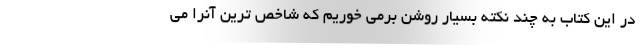
در این کتاب به چند نکته بسیار روشن برمی خوریم که شاخص ترین آنرا می